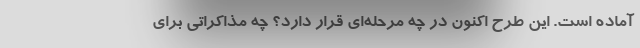
آماده است. این طرح اکنون در چه مرحله‌ای قرار دارد؟ چه مذاکراتی برای